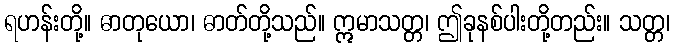
ရဟန်းတို့။ ဓာတုယော၊ ဓာတ်တို့သည်။ ဣမာသတ္တ၊ ဤခုနစ်ပါးတို့တည်း။ သတ္တ၊